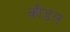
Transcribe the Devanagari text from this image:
कौडल